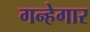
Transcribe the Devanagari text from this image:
गन्हेगार